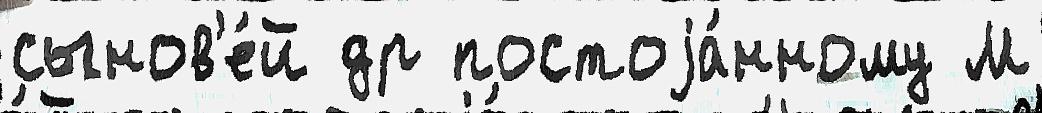
сынов'е́й др постоjа́нному М